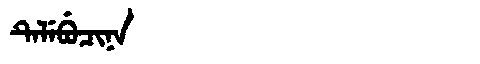
Manchu: ᡨᡝᠯᡝᠪᡠᠴᡳᠨᠠ
Romanization: TELEBUCINA